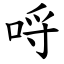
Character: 哷